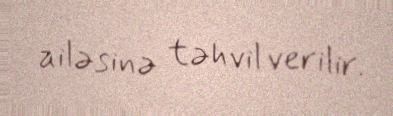
ailəsinə təhvil verilir.